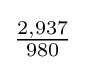
{\tfrac {2,937}{980}}